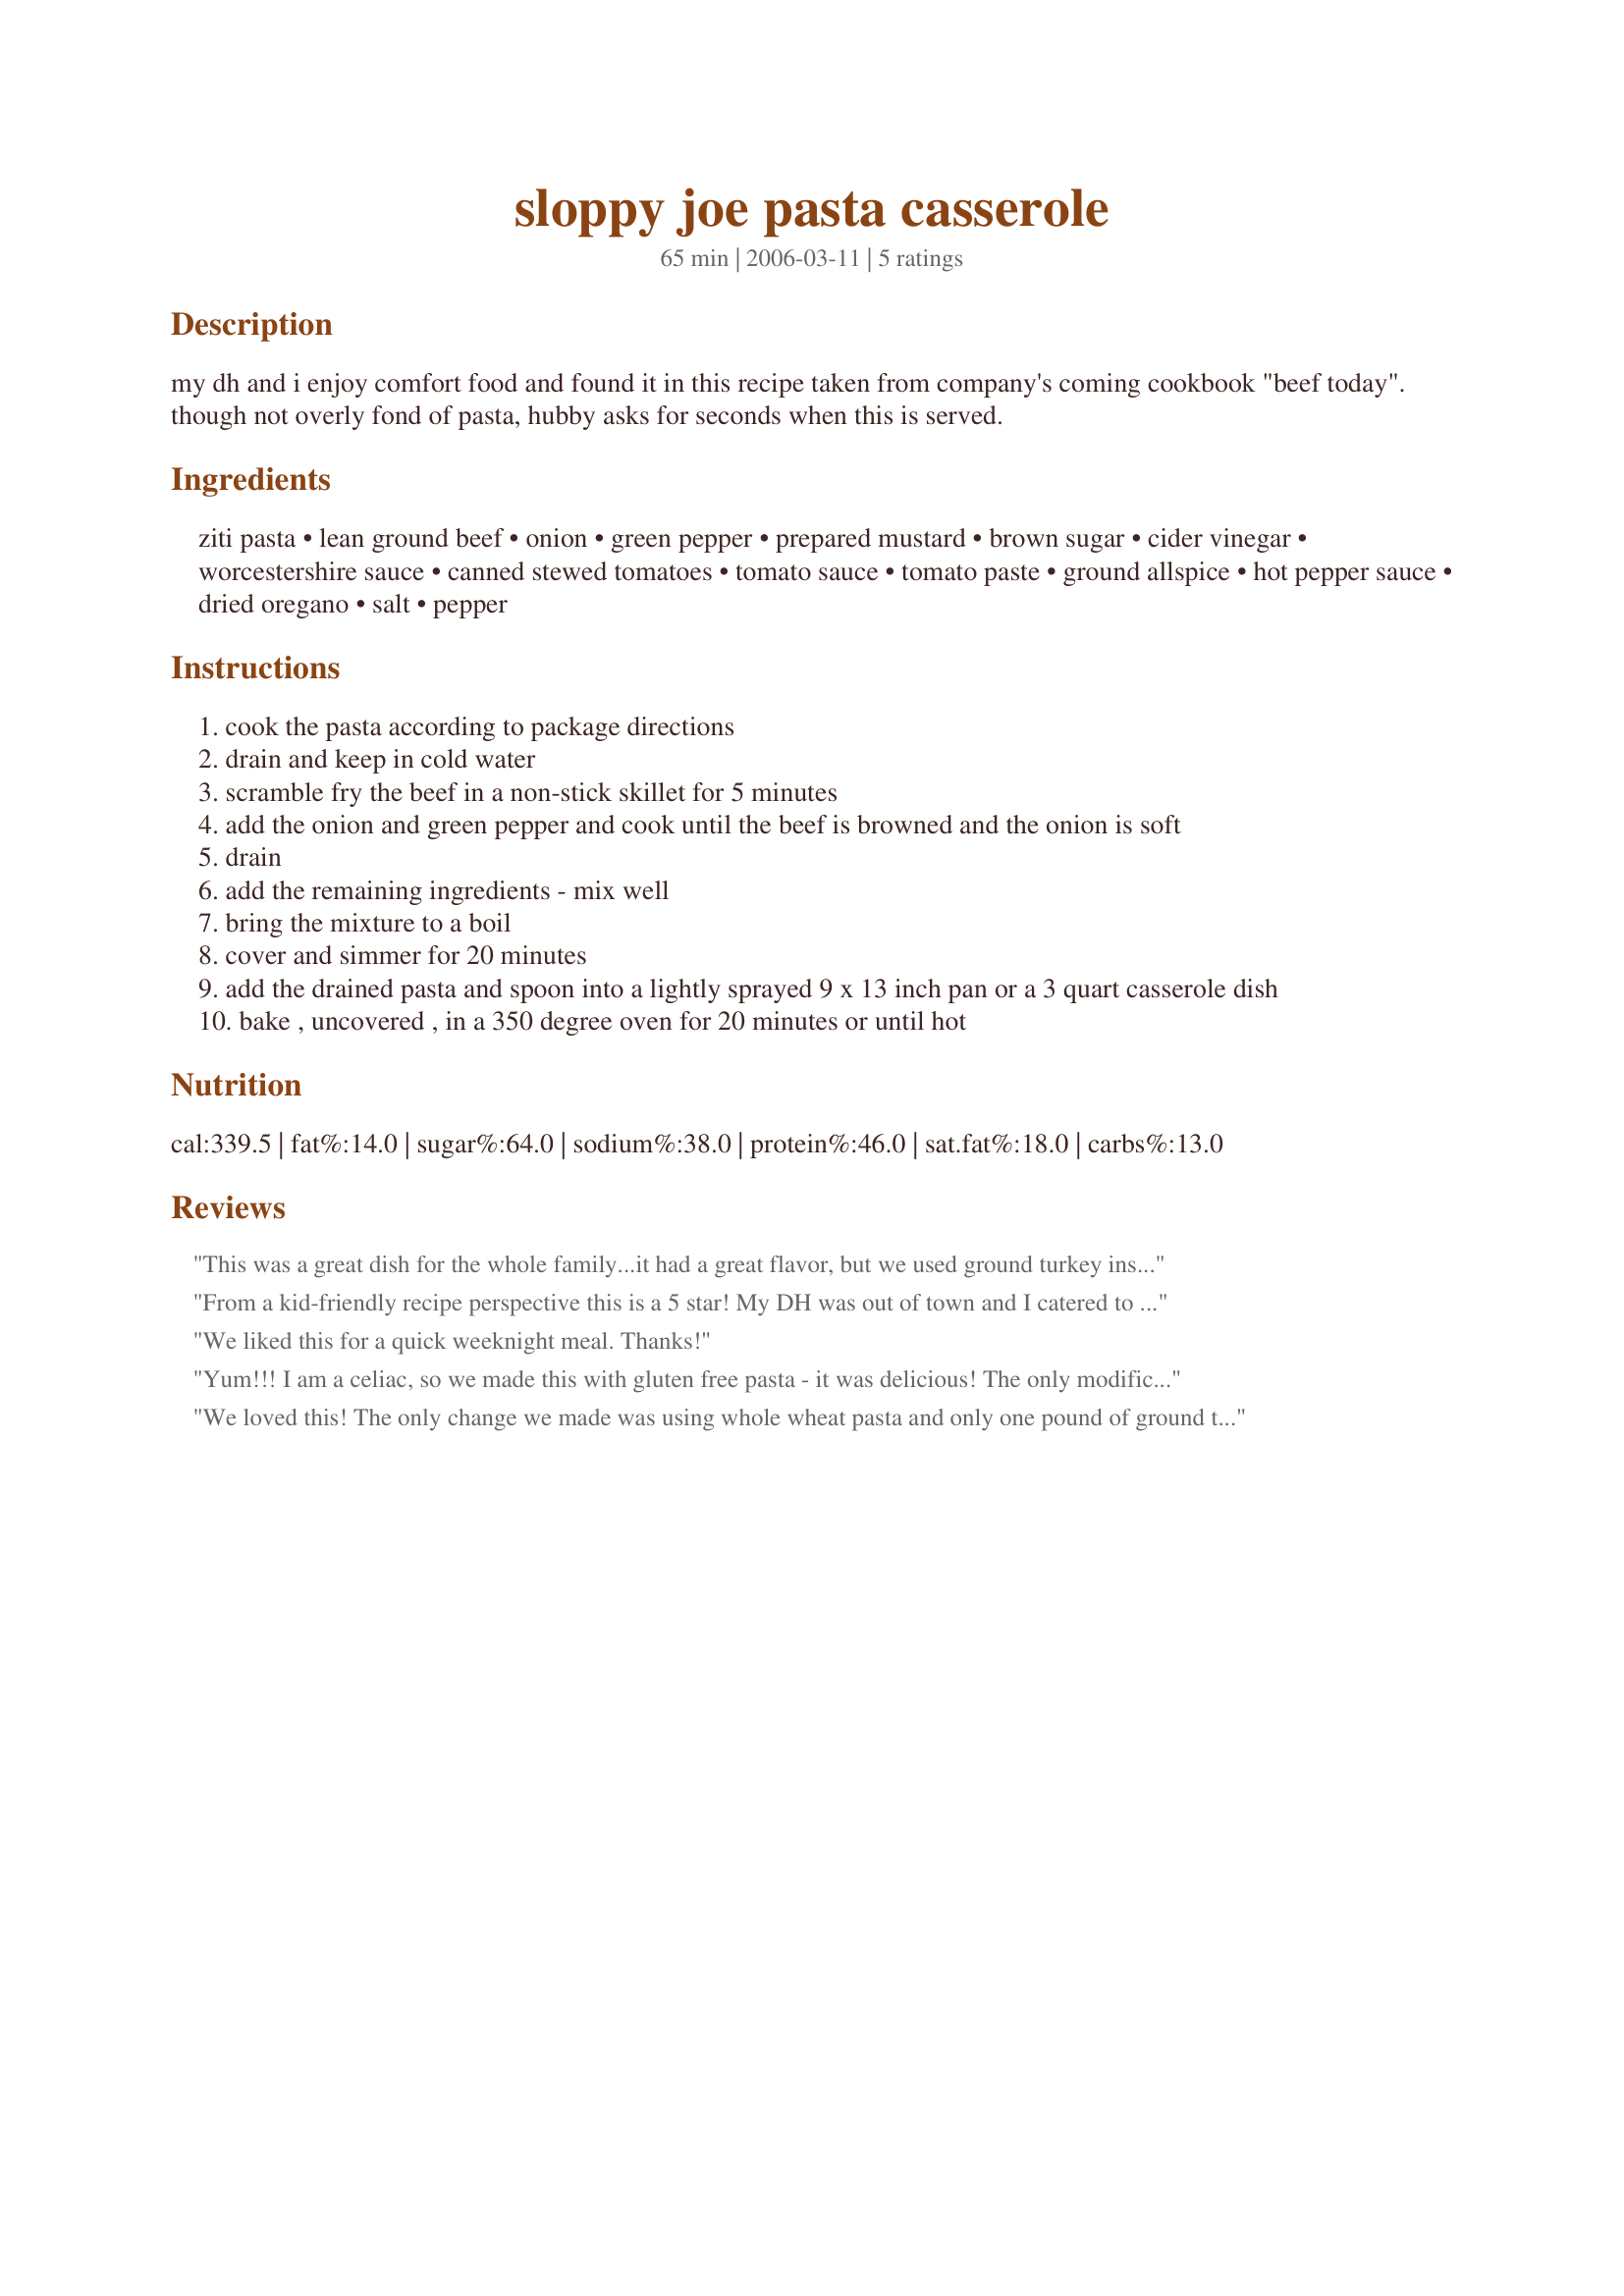
sloppy joe pasta casserole
Preparation time: 65 minutes

my dh and i enjoy comfort food and found it in this recipe taken from company's coming cookbook "beef today". though not overly fond of pasta, hubby asks for seconds when this is served.

Ingredients:
ziti pasta, lean ground beef, onion, green pepper, prepared mustard, brown sugar, cider vinegar, worcestershire sauce, canned stewed tomatoes, tomato sauce, tomato paste, ground allspice, hot pepper sauce, dried oregano, salt, pepper

Steps:
cook the pasta according to package directions
drain and keep in cold water
scramble fry the beef in a non-stick skillet for 5 minutes
add the onion and green pepper and cook until the beef is browned and the onion is soft
drain
add the remaining ingredients - mix well
bring the mixture to a boil
cover and simmer for 20 minutes
add the drained pasta and spoon into a lightly sprayed 9 x 13 inch pan or a 3 quart casserole dish
bake , uncovered , in a 350 degree oven for 20 minutes or until hot

Reviews:
This was a great dish for the whole family...it had a great flavor, but we used ground turkey instead of beef...loved this dish!!!!
From a kid-friendly recipe perspective this is a 5 star! My DH was out of town and I catered to the kids likes/dislikes when seeking tonight's recipe. I followed this recipe closely except I used a red pepper rather than green, added a few cloves of garlic, used 2 can's of diced tomatoes, omitted the tomato sauce (out of it!), didn't use the Allspice (out of it too!) , added a can of kidney beans, and didn't bother with baking this dish. Just served it over pasta. Super yummy! My kids ate it up and I really loved it too. I don't think it tasted like any sloppy joe recipe I ever had but it's probably due to my changes. We really loved it. Thanks!
We liked this for a quick weeknight meal. Thanks!
Yum!!! I am a celiac, so we made this with gluten free pasta - it was delicious! The only modifications we made was adding 1/2 teaspoon of cayenne and 1/2 teaspoon of red peppers to make it a bit spicy, instead of using the hot sauce. We did not bake it either, we just scoopped the sauce onto the pasta when it was ready...it smelled so good that we could not wait!!
We loved this! The only change we made was using whole wheat pasta and only one pound of ground turkey. It makes a generous eight servings. The leftovers are amazing. The only change I would make is maybe adding a little bit more pasta. The first time around I ended up with a plate of veggies, meat and sauce. However, the sauce is great and can easily be sopped up with some crusty bread. Thanks!
